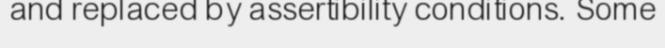
and replaced by assertibility conditions. Some